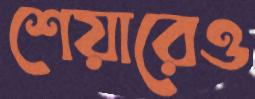
শেয়ারেও